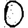
Digit: 0